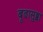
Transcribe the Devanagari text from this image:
बूढासुब्बा